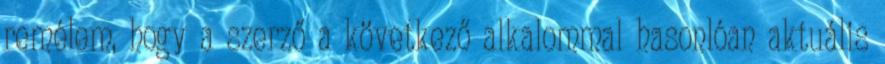
remélem, hogy a szerző a következő alkalommal hasonlóan aktuális